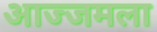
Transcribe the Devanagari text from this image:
आज्जमला